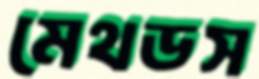
মেথডস